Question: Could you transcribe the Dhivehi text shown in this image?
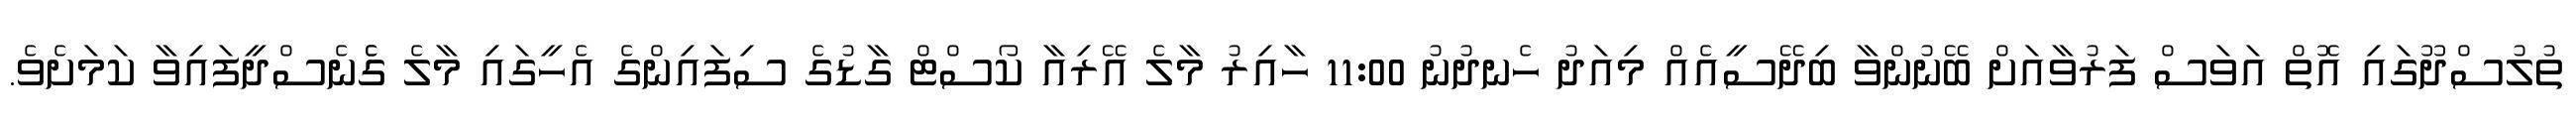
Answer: ތުލުސްދޫގައި އޮތް އަވަސް ފަރުވާއަށް ބޭނުންވާ ބިދޭސީއެއް މިއަދު ހެނދުނު 11:00 ހާއިރު މާލެ އޭރިއާ ކޯސްޓް ގާޑުގެ ސިފައިންގެ އެހީގައި މާލެ ގެެނެސްދީފައިވާ ކަމަށެވެ.